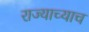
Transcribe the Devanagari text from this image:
राज्याच्याच